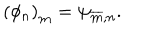
LaTeX: \left( \phi _ { n } \right) _ { \bf m } = \psi _ { { \overline { { { \bf m } } } } , n } .